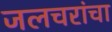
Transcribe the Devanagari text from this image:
जलचरांचा